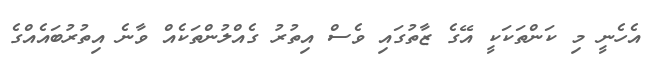
އެހެނީ މި ކަންތަކަކީ އޭގެ ޒާތުގައި ވެސް އިތުރު ގެއްލުންތަކެއް ވާނެ އިތުރުބައެއްގެ